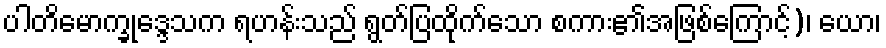
ပါတိမောက္ခုဒ္ဒေသက ရဟန်းသည် ရွတ်ပြထိုက်သော စကား၏အဖြစ်ကြောင့်)၊ ယော၊